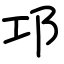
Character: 邛